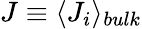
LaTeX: J\equiv\langle J_{i}\rangle_{bulk}